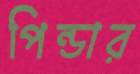
পিন্ডার